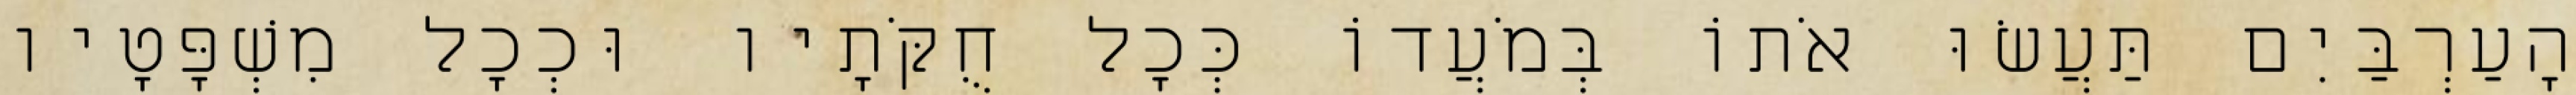
הָעַרְבַּיִם תַּעֲשׂוּ אֹתוֹ בְּמֹעֲדוֹ כְּכָל חֻקֹּתָיו וּכְכָל מִשְׁפָּטָיו